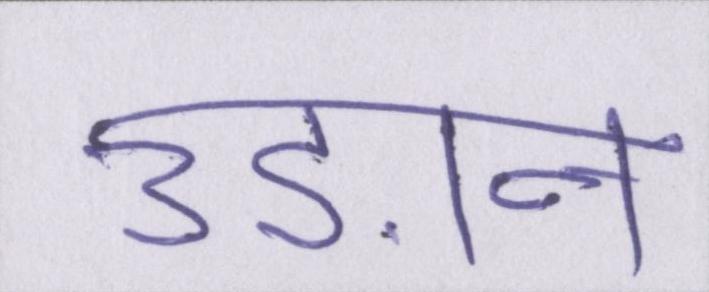
उड़ान